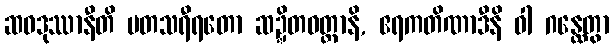
ဆဝဒုဿာနီတိ မတသရီရတော ဆဍ္ဍိတဝတ္ထာနိ, ဧရကတိဏာဒီနိ ဝါ ဂန္ထေတွာ